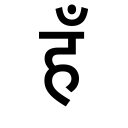
OCR:
हँ